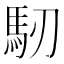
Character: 𩡲